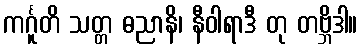
ကင်္ဂူတိ သတ္တ ဓညာနိ၊ နီဝါရာဒီ တု တဗ္ဘိဒါ။